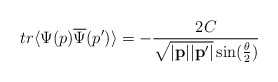
\begin{align*}tr\langle\Psi(p)\overline{\Psi}(p^{\prime})\rangle=-\frac{2C}{\sqrt{|{\bf p}||{\bf p}^{\prime}|}\sin(\frac{\theta}{2})}\end{align*}